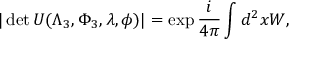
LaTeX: | \operatorname * { d e t } U ( \Lambda _ { 3 } , \Phi _ { 3 } , \lambda , \phi ) | = \exp \frac { i } { 4 \pi } \int d ^ { 2 } x W ,